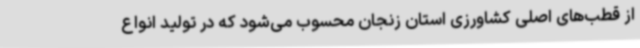
از قطب‌های اصلی کشاورزی استان زنجان محسوب می‌شود که در تولید انواع